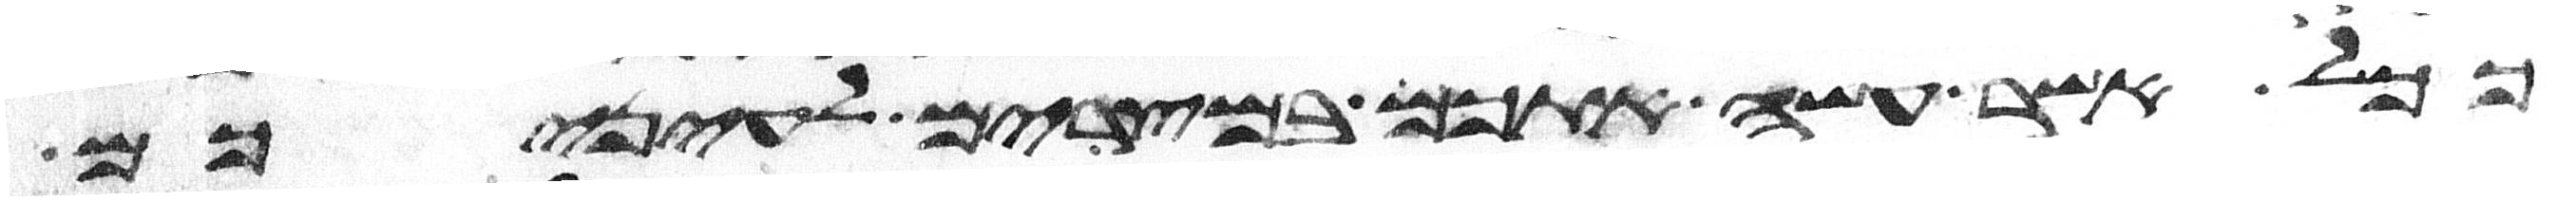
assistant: ככל אשר עשה אתכם במצרים לעיניכם